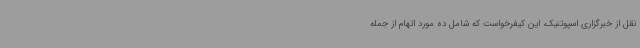
نقل از خبرگزاری اسپوتنیک، این کیفرخواست که شامل ده مورد اتهام از جمله